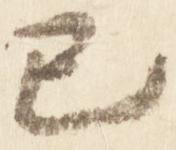
已